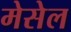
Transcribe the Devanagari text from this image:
मेसेल